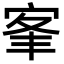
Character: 𡨛